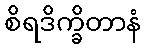
စိရဒိက္ခိတာနံ